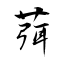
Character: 葞